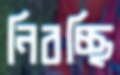
নিবচ্ছি